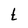
Character: t